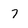
Character: 7